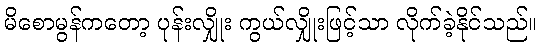
မိစောမွန်ကတော့ ပုန်းလျှိုး ကွယ်လျှိုးဖြင့်သာ လိုက်ခဲ့နိုင်သည်။